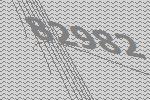
82982